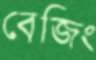
বেজিং